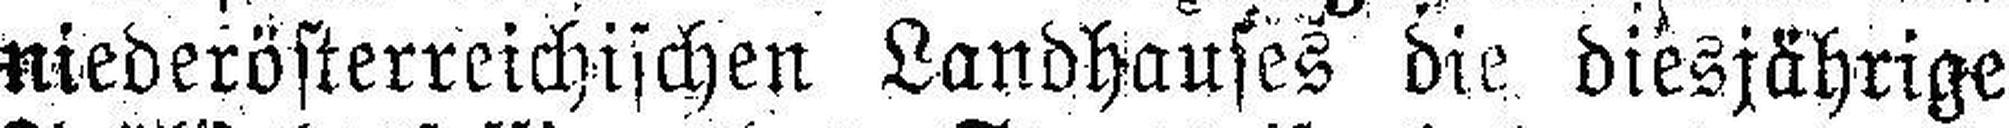
niederösterreichischen Landhauses die diesjährige